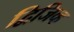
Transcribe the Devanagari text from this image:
द्विजिव्ह